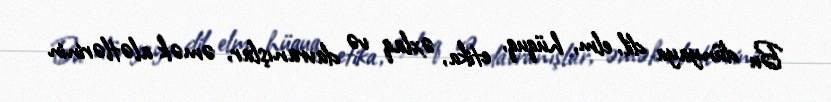
Bu dünyaya dil, elm, hüquq, etika, əxlaq və davranışlar, əmək alətlərinin